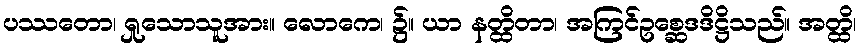
ပဿတော၊ ရှုသောသူအား။ လောကေ၊ ၌။ ယာ နတ္ထိတာ၊ အကြင်ဥစ္ဆေဒဒိဋ္ဌိသည်။ အတ္ထိ၊